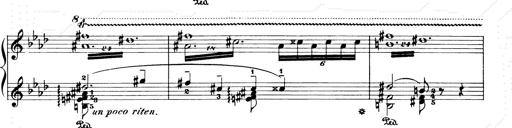
Title: Consolations and LiebestrÃ¤ume for the Piano
Composer: Franz Liszt